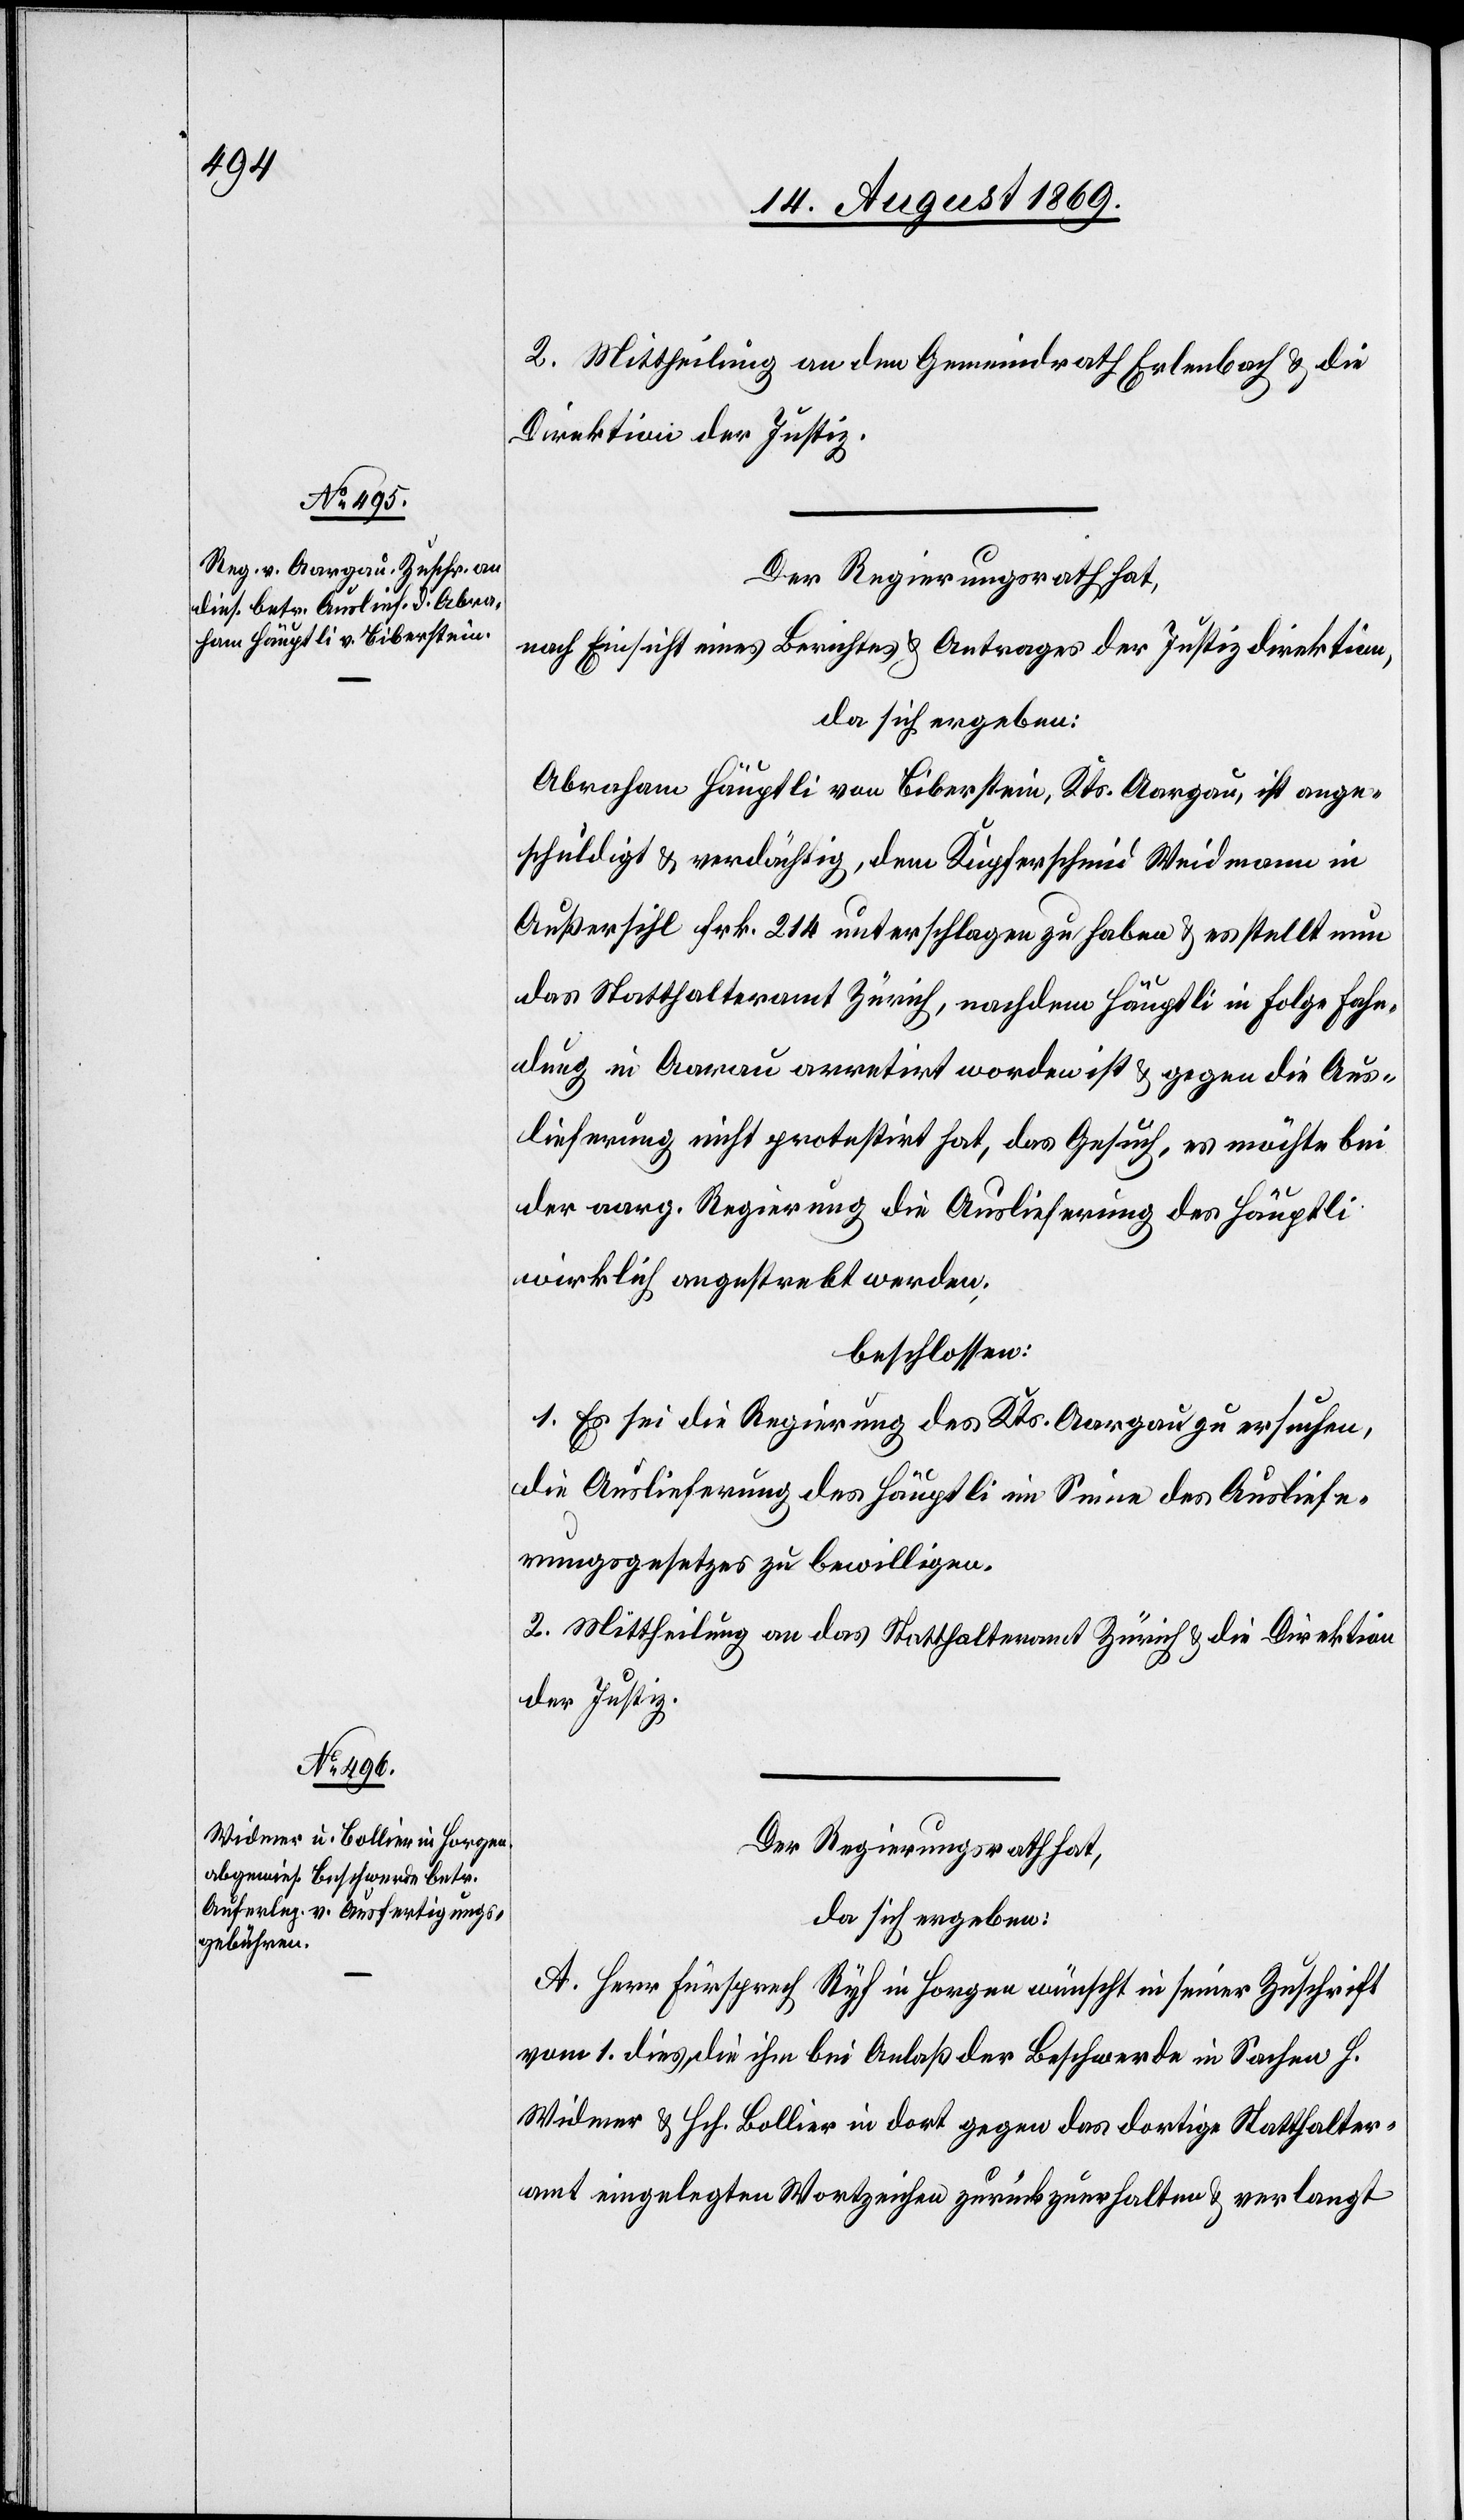
2. Mittheilung an den Gemeindrath Erlenbach & an die
Direktion der Justiz.
Der Regierungsrath hat,
nach Einsicht eines Berichtes & Antrages der Justizdirektion,
da sich ergeben:
Abraham Häuptli von Biberstein, Kts. Aargau, ist ange¬
schuldigt & verdächtig, dem Kupferschmid Weidmann in
Außersihl Frk. 214 unterschlagen zu haben & es stellt nun
das Statthalteramt Zürich, nachdem Häuptli in Folge Fahn¬
dung in Aarau arretirt worden ist & gegen die Aus¬
lieferung nicht protestirt hat, das Gesuch, es möchte bei
der aarg. Regierung die Auslieferung des Häuptli
wirklich angestrebt werden.
beschlossen:
1. Es sei die Regierung des Kts. Aargau zu ersuchen,
die Auslieferung des Häuptli im Sinne des Ausliefe¬
rungsgesetzes zu bewilligen.
2. Mittheilung an das Statthalteramt Zürich & die Direktion
der Justiz.
Der Regierungsrath hat,
da sich ergeben:
A. Herr Fürsprech Ryf in Horgen wünscht in seiner Zuschrift
vom 1 dies, die ihm bei Anlaß der Beschwerde in Sachen H.
Widmer & Hch. Bollier in dort gegen das dortige Statthalter¬
amt eingelegten Wortzeichen zurückzuerhalten & verlangt